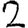
Digit: 2